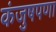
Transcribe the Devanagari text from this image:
कंजुषपणा